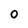
Character: o